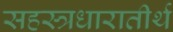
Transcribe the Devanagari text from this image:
सहस्त्रधारातीर्थ